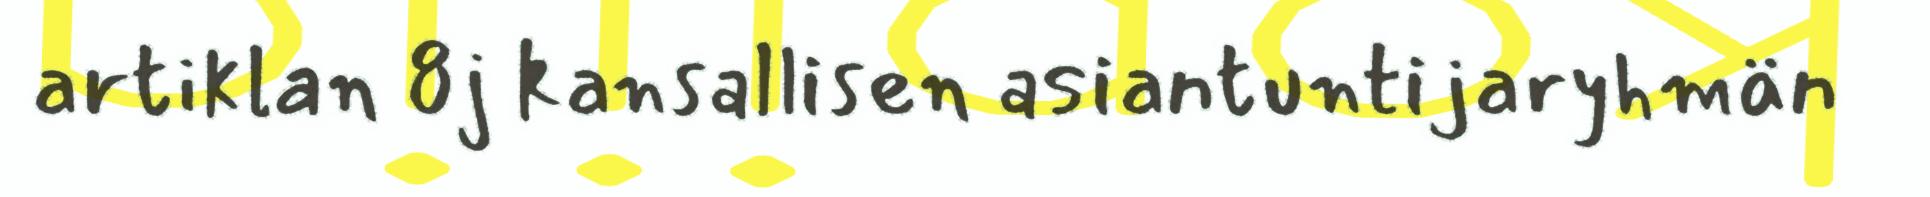
artiklan 8j kansallisen asiantuntijaryhmän